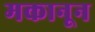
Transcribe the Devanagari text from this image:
मकानून